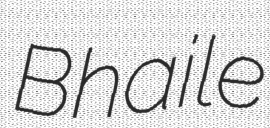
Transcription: Bhaile